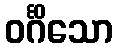
ဝင်္ဂိသော